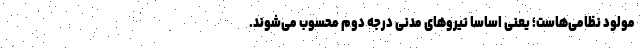
مولود نظامی‌هاست؛ یعنی اساسا نیروهای مدنی درجه دوم محسوب می‌شوند.